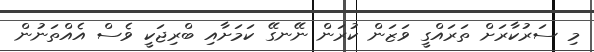
މި ސަރުކާރަށް ތަރައްގީ ވަޒަން ކުރަން ނޭނގޭ ކަމަށާއި ބްރިޖަކީ ވެސް އެއްތަނުން